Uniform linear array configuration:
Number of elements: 64
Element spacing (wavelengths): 0.5
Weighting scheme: hann
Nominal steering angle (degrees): -15
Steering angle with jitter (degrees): -14.314
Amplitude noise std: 0.05
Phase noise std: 0.05

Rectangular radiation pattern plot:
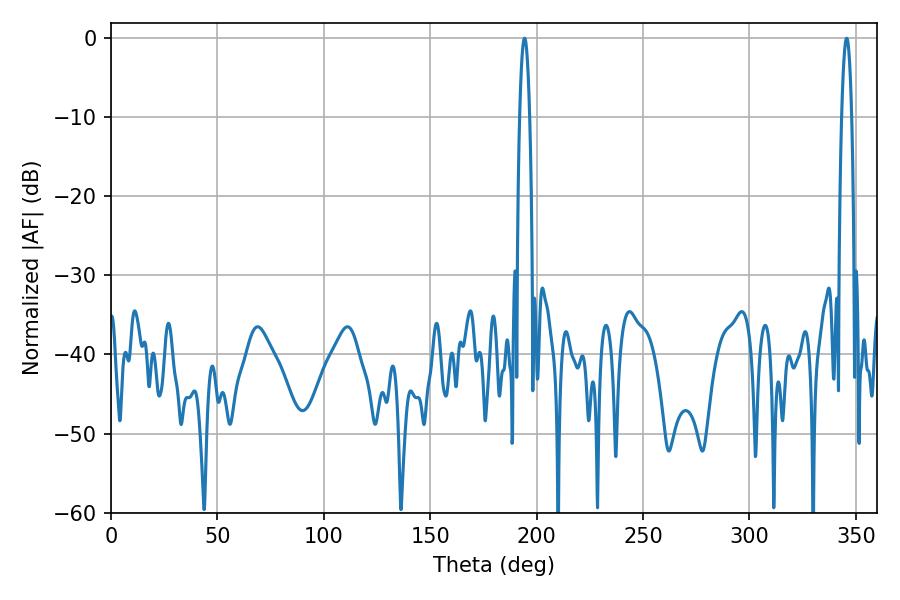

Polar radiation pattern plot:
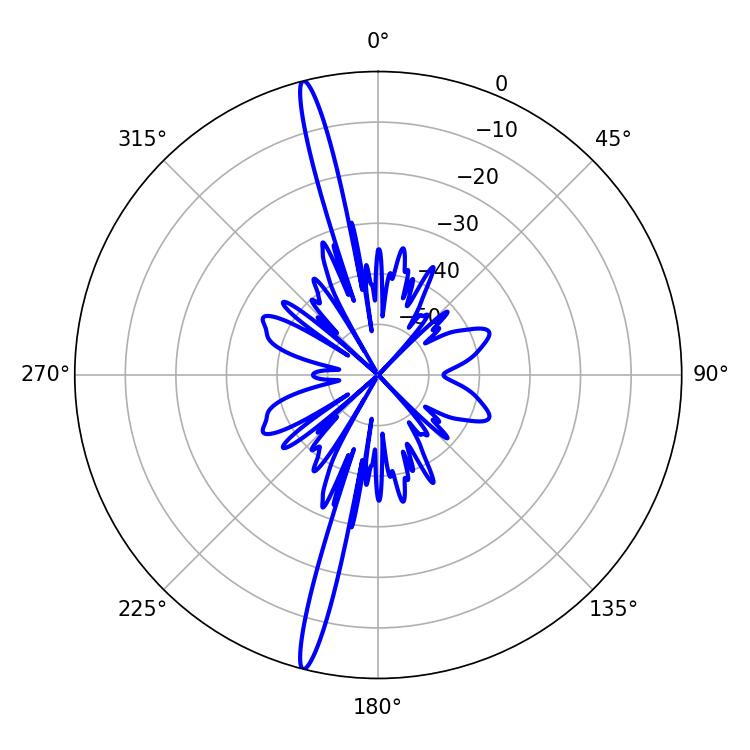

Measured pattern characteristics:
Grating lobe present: FALSE
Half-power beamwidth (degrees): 2.52
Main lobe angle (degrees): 345.6